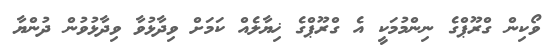
ވޯކިން ގްރޫޕްގެ ނިންމުމަކީ އެ ގްރޫޕްގެ ޚިޔާލެއް ކަމަށް ވިދާޅުވާ ވިދާޅުވުން ދުންޔާ